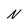
Character: N